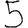
Digit: 5